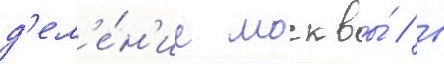
д'ел'е́н'ие москвы́ / в